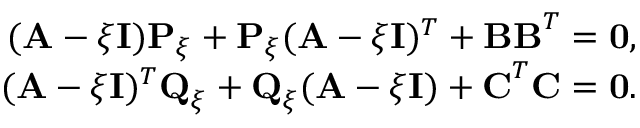
\begin{array} { r } { ( { \textbf A } - { \xi } { \textbf I } ) { \textbf P } _ { \xi } + { \textbf P } _ { \xi } ( { \textbf A } - { \xi } { \textbf I } ) ^ { T } + { \textbf B } { \textbf B } ^ { T } = \mathbf { { 0 } } , } \\ { ( { \textbf A } - { \xi } { \textbf I } ) ^ { T } { \textbf Q } _ { \xi } + { \textbf Q } _ { \xi } ( { \textbf A } - { \xi } { \textbf I } ) + { \textbf C } ^ { T } { \textbf C } = \mathbf { { 0 } } . } \end{array}